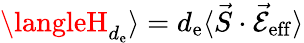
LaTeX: \langleH_{d_{\mathrm{e}}}\rangle=d_{\mathrm{e}}\langle\vec{{S}}\cdot\mathcal{{\vec{{E}}}}_{\mathrm{{\mathrm{e}ff}}}\rangle